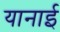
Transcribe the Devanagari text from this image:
यानाई